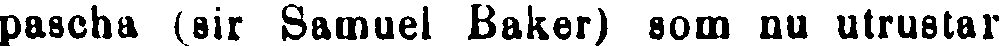
pascha (sir Samuel Baker) som nu utrustar